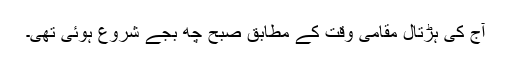
آج کی ہڑتال مقامی وقت کے مطابق صبح چھ بجے شروع ہوئی تھی۔